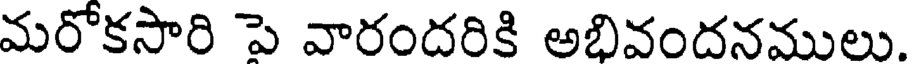
మరోకసారి పె వారందరికి అభివందనములు.